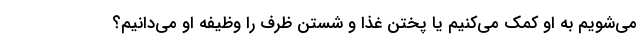
می‌شویم به او کمک می‌کنیم یا پختن غذا و شستن ظرف را وظیفه او می‌دانیم؟